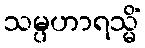
သမ္ပဟာရသ္မိံ